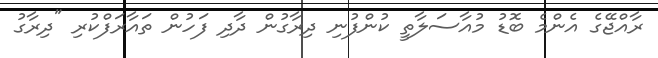
ރާއްޖޭގެ އެންމެ ބޮޑު މުއާސަލާތީ ކުންފުނި ދިރާގުން ދާދި ފަހުން ތައާރަފްކުރި "ދިރާގު